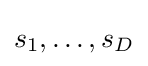
s_{1},\ldots ,s_{D}